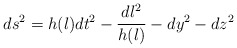
\begin{align*}ds^2 =h(l)dt^2 - \frac{dl^2}{h(l)} - dy^2-dz^2\end{align*}